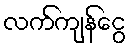
လက်ကျန်ငွေ